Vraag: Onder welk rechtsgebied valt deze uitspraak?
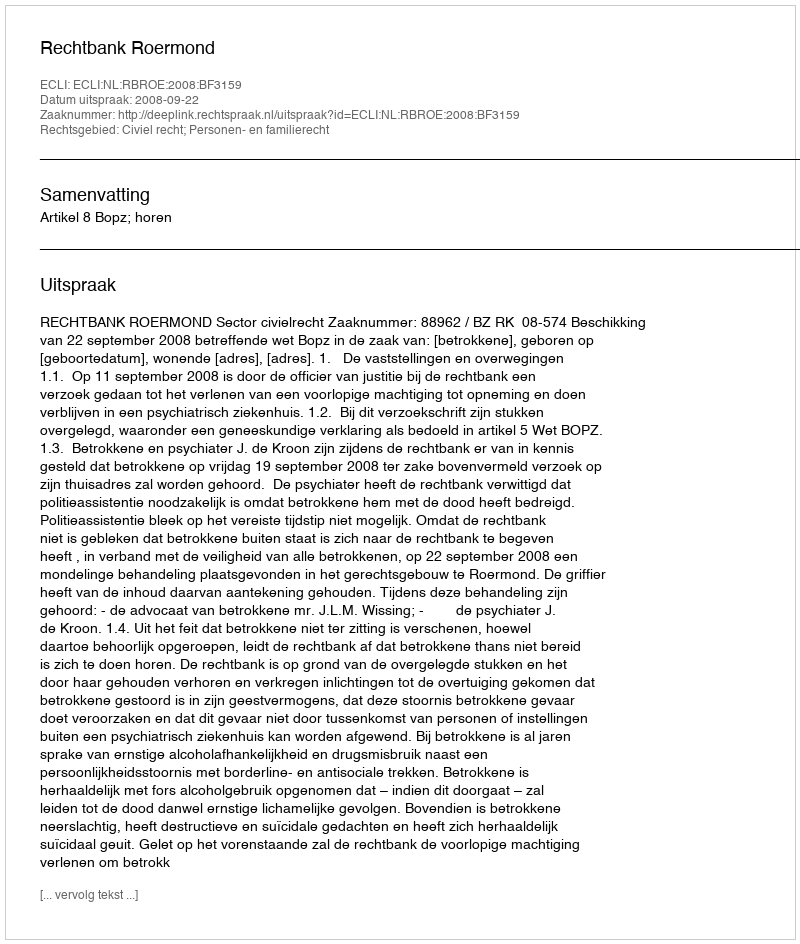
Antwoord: Civiel recht; Personen- en familierecht